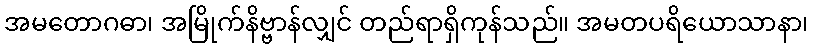
အမတောဂဓာ၊ အမြိုက်နိဗ္ဗာန်လျှင် တည်ရာရှိကုန်သည်။ အမတပရိယောသာနာ၊